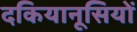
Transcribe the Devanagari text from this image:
दकियानूसियों